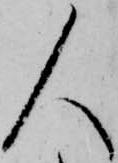
人